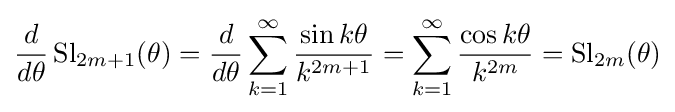
{\frac {d}{d\theta }}\operatorname {Sl} _{2m+1}(\theta )={\frac {d}{d\theta }}\sum _{k=1}^{\infty }{\frac {\sin k\theta }{k^{2m+1}}}=\sum _{k=1}^{\infty }{\frac {\cos k\theta }{k^{2m}}}=\operatorname {Sl} _{2m}(\theta )